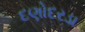
દણોદરડા